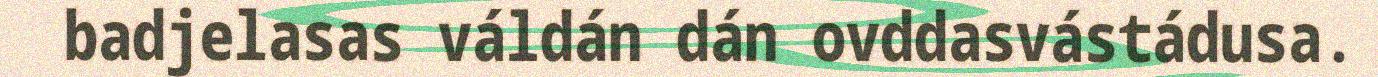
badjelasas váldán dán ovddasvástádusa.